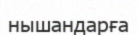
нышандарға